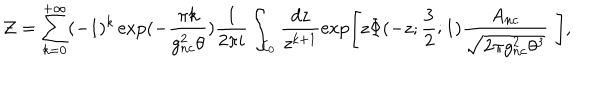
{ \cal Z } = \sum _ { k = 0 } ^ { + \infty } ( - 1 ) ^ { k } \exp ( - \frac { \pi k } { g _ { n c } ^ { 2 } \theta } ) \frac { 1 } { 2 \pi i } \int _ { { \cal C } _ { 0 } } \frac { d z } { z ^ { k + 1 } } \exp \left[ z \Phi ( - z ; \frac { 3 } { 2 } ; 1 ) \frac { A _ { n c } } { \sqrt { 2 \pi g _ { n c } ^ { 2 } \theta ^ { 3 } } } \, \, \right] ,